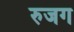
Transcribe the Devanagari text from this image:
रुजग